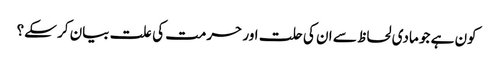
کون ہے جو مادی لحاظ سے ان کی حلت اور حرمت کی علت بیان کر سکے؟